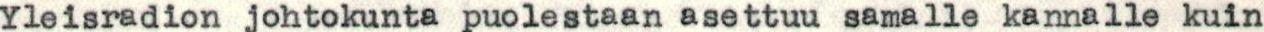
Yleisradion johtokunta puolestaan asettuu samalle kannalle kuin